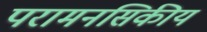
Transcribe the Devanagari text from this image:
परामनसिकीय